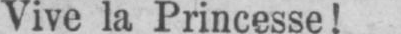
Vive la Princesse!